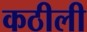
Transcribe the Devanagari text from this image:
कठीली